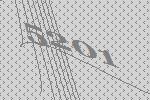
5201